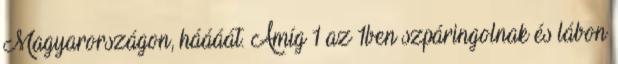
Magyarországon, háááát. Amíg 1 az 1ben szpáringolnak és lábon